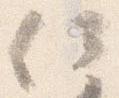
何